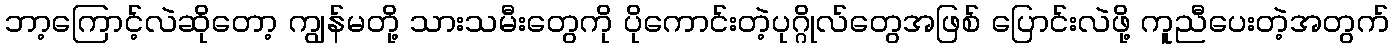
ဘာ့ကြောင့်လဲဆိုတော့ ကျွန်မတို့ သားသမီးတွေကို ပိုကောင်းတဲ့ပုဂ္ဂိုလ်တွေအဖြစ် ပြောင်းလဲဖို့ ကူညီပေးတဲ့အတွက်